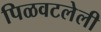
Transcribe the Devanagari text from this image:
पिळवटलेली